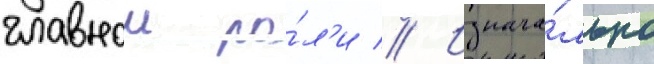
главнои ро́л'и // Изнача́льно